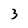
Character: 3